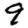
Digit: 9